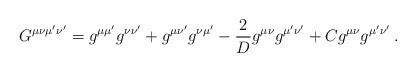
LaTeX: \begin{align*}G^{\mu\nu\mu'\nu'} = g^{\mu\mu'}g^{\nu\nu'} + g^{\mu\nu'}g^{\nu\mu'}-{2\over D}g^{\mu\nu}g^{\mu'\nu'}+C g^{\mu\nu}g^{\mu'\nu'} \: .\end{align*}